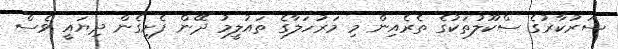
ސަރުކާރުގެ ސްކޫލުތަކުގެ ތެރެއިން މި މަރުހަލާގެ ތައުލީމު ދޭން ފެށިގެން ދިޔައީ ވެސް